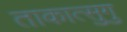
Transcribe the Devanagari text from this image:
ताकात्सुगु